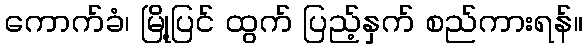
ကောက်ခံ၊ မြို့ပြင် ထွက် ပြည့်နှက် စည်ကားရန်။